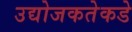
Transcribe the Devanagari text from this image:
उद्योजकतेकडे